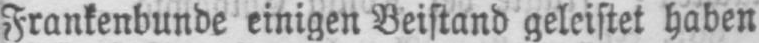
Frankenbunde einigen Beistand geleistet haben